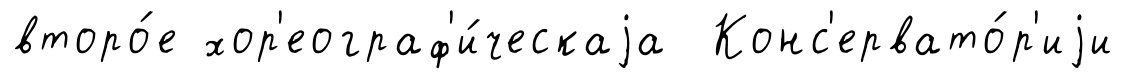
второ́е хор'еограф'и́ческаjа Конс'ервато́р'иjи